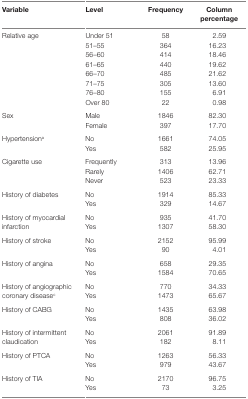
<table><thead><tr><td><b>Variable</b></td><td><b>Level</b></td><td><b>Frequency</b></td><td><b>Column percentage</b></td></tr></thead><tbody><tr><td rowspan="8">Relative age</td><td>Under 51</td><td>58</td><td>2.59</td></tr><tr><td>51–55</td><td>364</td><td>16.23</td></tr><tr><td>56–60</td><td>414</td><td>18.46</td></tr><tr><td>61–65</td><td>440</td><td>19.62</td></tr><tr><td>66–70</td><td>485</td><td>21.62</td></tr><tr><td>71–75</td><td>305</td><td>13.60</td></tr><tr><td>76–80</td><td>155</td><td>6.91</td></tr><tr><td>Over 80</td><td>22</td><td>0.98</td></tr><tr><td rowspan="2">Sex</td><td>Male</td><td>1846</td><td>82.30</td></tr><tr><td>Female</td><td>397</td><td>17.70</td></tr><tr><td rowspan="2">Hypertension<sup>a</sup></td><td>No</td><td>1661</td><td>74.05</td></tr><tr><td>Yes</td><td>582</td><td>25.95</td></tr><tr><td rowspan="3">Cigarette use</td><td>Frequently</td><td>313</td><td>13.96</td></tr><tr><td>Rarely</td><td>1406</td><td>62.71</td></tr><tr><td>Never</td><td>523</td><td>23.33</td></tr><tr><td rowspan="2">History of diabetes</td><td>No</td><td>1914</td><td>85.33</td></tr><tr><td>Yes</td><td>329</td><td>14.67</td></tr><tr><td rowspan="2">History of myocardial infarction</td><td>No</td><td>935</td><td>41.70</td></tr><tr><td>Yes</td><td>1307</td><td>58.30</td></tr><tr><td rowspan="2">History of stroke</td><td>No</td><td>2152</td><td>95.99</td></tr><tr><td>Yes</td><td>90</td><td>4.01</td></tr><tr><td rowspan="2">History of angina</td><td>No</td><td>658</td><td>29.35</td></tr><tr><td>Yes</td><td>1584</td><td>70.65</td></tr><tr><td rowspan="2">History of angiographic coronary disease<sup>c</sup></td><td>No</td><td>770</td><td>34.33</td></tr><tr><td>Yes</td><td>1473</td><td>65.67</td></tr><tr><td rowspan="2">History of CABG</td><td>No</td><td>1435</td><td>63.98</td></tr><tr><td>Yes</td><td>808</td><td>36.02</td></tr><tr><td rowspan="2">History of intermittent claudication</td><td>No</td><td>2061</td><td>91.89</td></tr><tr><td>Yes</td><td>182</td><td>8.11</td></tr><tr><td rowspan="2">History of PTCA</td><td>No</td><td>1263</td><td>56.33</td></tr><tr><td>Yes</td><td>979</td><td>43.67</td></tr><tr><td rowspan="2">History of TIA</td><td>No</td><td>2170</td><td>96.75</td></tr><tr><td>Yes</td><td>73</td><td>3.25</td></tr></tbody></table>